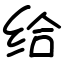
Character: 给